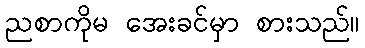
ညစာကိုမ အေးခင်မှာ စားသည်။